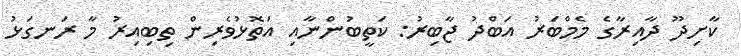
ކާށިދޫ ދާއިރާގެ މެމްބަރު އަބްދު ޖާބިރު: ކަތީބުންނާއި އަތޮޅުވެރިން ތިބިއިރު މާ ރަނގަޅު